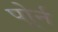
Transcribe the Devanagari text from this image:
पोर्र्न